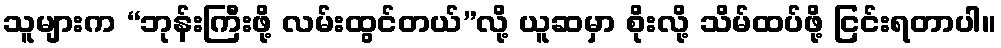
သူများက “ဘုန်းကြီးဖို့ လမ်းထွင်တယ်”လို့ ယူဆမှာ စိုးလို့ သိမ်ထပ်ဖို့ ငြင်းရတာပါ။